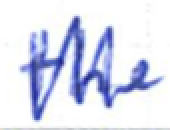
Text: the
Cross-out: zig-zag
Writing tool: ballpoint